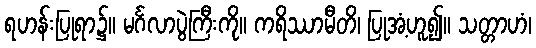
ရဟန်းပြုရာ၌။ မင်္ဂလာပွဲကြီးကို။ ကရိဿာမီတိ၊ ပြုအံ့ဟူ၍။ သတ္တာဟံ၊